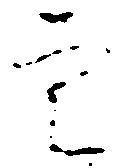
定